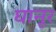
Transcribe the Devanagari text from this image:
घानूर